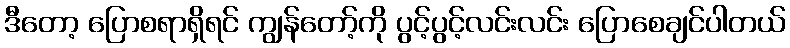
ဒီတော့ ပြောစရာရှိရင် ကျွန်တော့်ကို ပွင့်ပွင့်လင်းလင်း ပြောစေချင်ပါတယ်